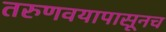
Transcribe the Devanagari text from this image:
तरुणवयापासूनच